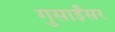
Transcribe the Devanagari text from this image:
गुसाईंसर